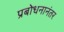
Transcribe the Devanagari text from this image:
प्रबोधनानंतर